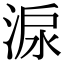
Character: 㴃